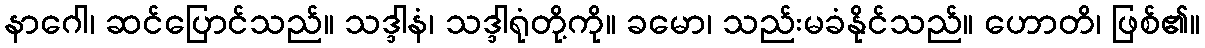
နာဂေါ၊ ဆင်ပြောင်သည်။ သဒ္ဒါနံ၊ သဒ္ဒါရုံတို့ကို။ ခမော၊ သည်းမခံနိုင်သည်။ ဟောတိ၊ ဖြစ်၏။